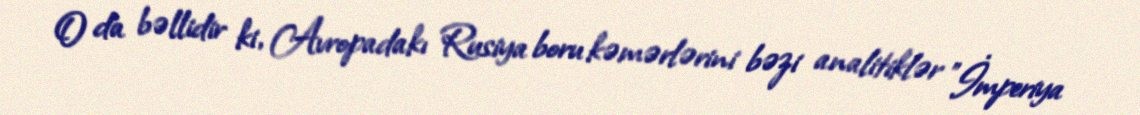
O da bəllidir ki, Avropadakı Rusiya boru kəmərlərini bəzi analitiklər "İmperiya